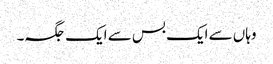
وہاں سے ایک بس سے ایک جگہ۔